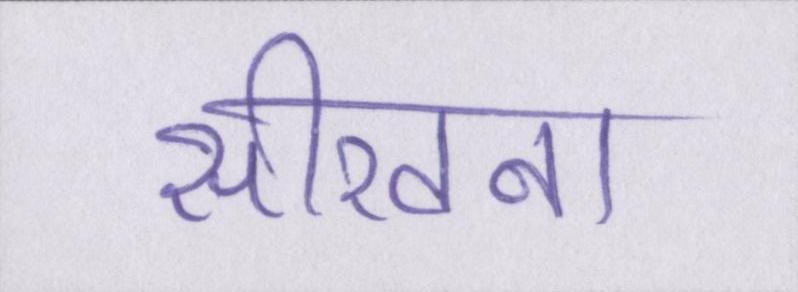
सीखना